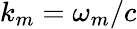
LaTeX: k_{m}=\omega_{m}/c